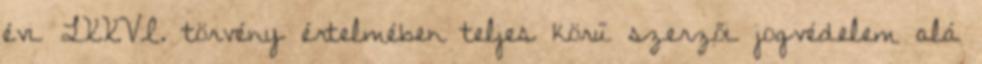
évi LXXVI. törvény értelmében teljes körű szerzői jogvédelem alá